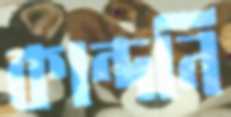
কান্দনি